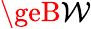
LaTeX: \geB\mathcal{W}